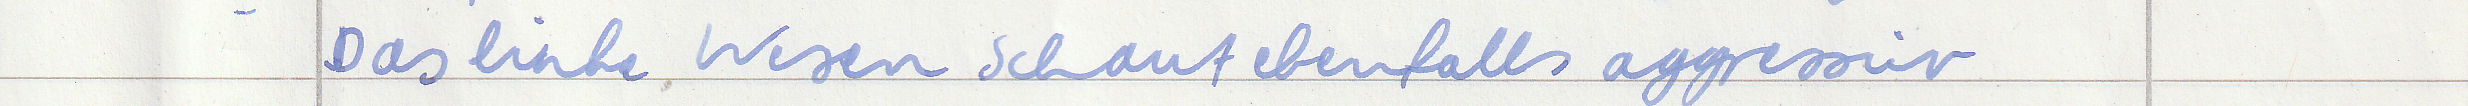
Das linke Wesen schaut ebenfalls aggressiv